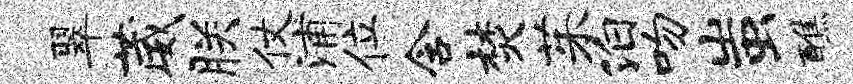
翠葳朕仗浦位含焚茱泊吻蚩醮